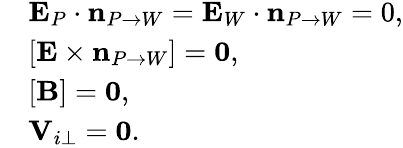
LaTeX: \begin{array}{rl}&{\mathbf E_{P}\cdot\mathbf{n}_{P\rightarrow W}=\mathbf E_{W}\cdot\mathbf{n}_{P\rightarrow W}=0,}\\ &{[\mathbf E\times\mathbf{n}_{P\rightarrow W}]=\mathbf{0},}\\ &{[\mathbf B]=\mathbf{0},}\\ &{\mathbf V_{i\perp}=\mathbf{0}.}\end{array}